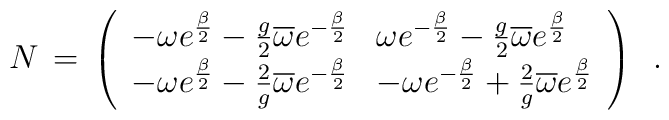
N\,=\,\left(\begin{array}{ll}-\omega e^{\frac{\beta}{2}} - \frac{g}{2} \overline\omega e^{-\frac{\beta}{2}}&\omega e^{-\frac{\beta}{2}} - \frac{g}{2} \overline\omega e^{\frac{\beta}{2}}\\-\omega e^{\frac{\beta}{2}} - \frac{2}{g} \overline\omega e^{-\frac{\beta}{2}}&-\omega e^{-\frac{\beta}{2}} + \frac{2}{g} \overline\omega e^{\frac{\beta}{2}}\end{array}\right)\,\,\, .